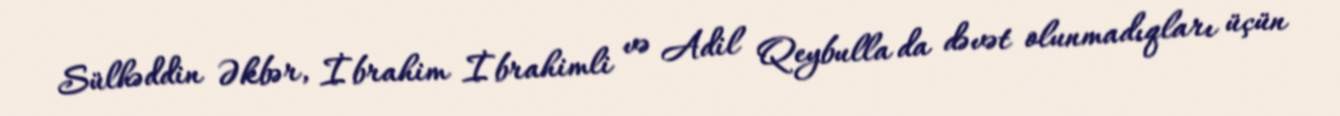
Sülhəddin Əkbər, İbrahim İbrahimli və Adil Qeybulla da dəvət olunmadıqları üçün